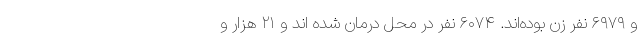
و ۶۹۷۹ نفر زن بوده‌اند. ۶۰۷۴ نفر در محل درمان شده اند و ۲۱ هزار و